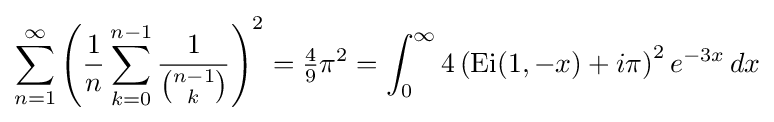
\sum _{n=1}^{\infty }\left({\frac {1}{n}}\sum _{k=0}^{n-1}{\frac {1}{\binom {n-1}{k}}}\right)^{2}={\tfrac {4}{9}}\pi ^{2}=\int _{0}^{\infty }4\left(\mathrm {Ei} (1,-x)+i\pi \right)^{2}e^{-3x}\,dx